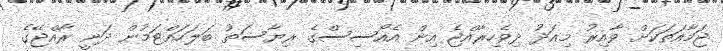
ޖަމާއަތަކަށް ވާއިރު މިއަދު ދިވެހިރާއްޖެ އިން އެއޯސިސްގެ ރިޔާސަތު ބަލަހައްޓަމުން ދަނީ ރާއްޖޭގެ